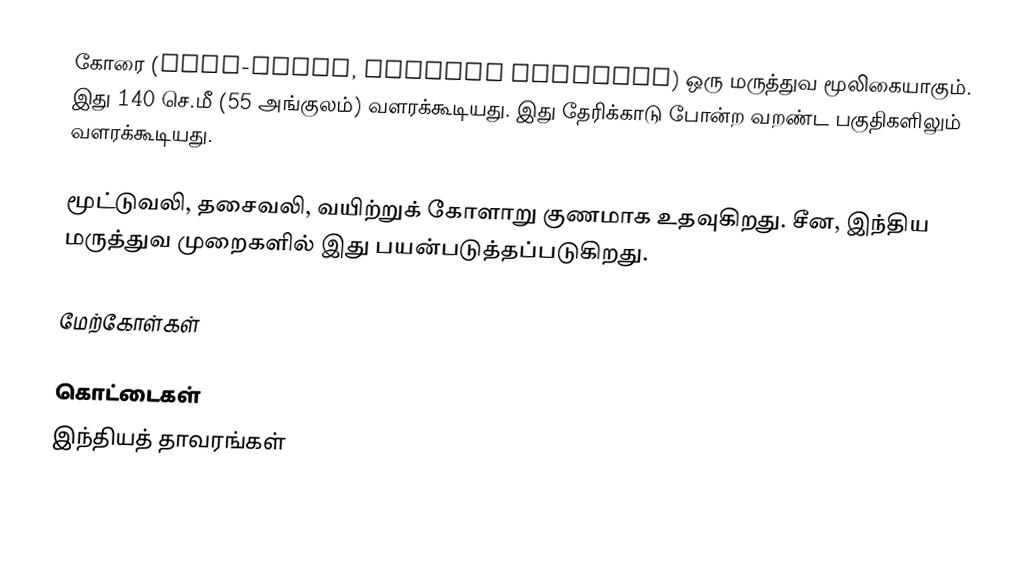
கோரை (coco-grass, Cyperus rotundus)  ஒரு மருத்துவ மூலிகையாகும். இது 140 செ.மீ (55 அங்குலம்) வளரக்கூடியது. இது தேரிக்காடு போன்ற வறண்ட பகுதிகளிலும் வளரக்கூடியது.

மூட்டுவலி, தசைவலி, வயிற்றுக் கோளாறு குணமாக உதவுகிறது. சீன, இந்திய மருத்துவ முறைகளில் இது பயன்படுத்தப்படுகிறது.

மேற்கோள்கள்

கொட்டைகள்
இந்தியத் தாவரங்கள்